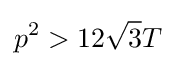
p^{2}>12{\sqrt {3}}T